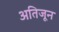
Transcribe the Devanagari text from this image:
अतिजून